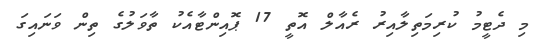
މި ދެޓީމު ކުރިމަތިލާއިރު ރެއާލް އޮތީ 17 ޕޮއިންޓާއެކު ތާވަލުގެ ތިން ވަނައިގަ